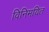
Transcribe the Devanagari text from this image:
विनिमयित